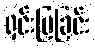
ရှင်းပြခြင်း